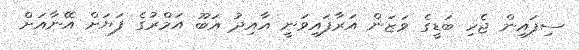
ސިފައިން ޖެހި ބަޑީގެ ވަޒަން އަރާފައިވަނީ އާއިދު އަބޫ އަމްރުގެ ފަޔަށް އޭނާއަށް